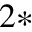
^ { 2 * }